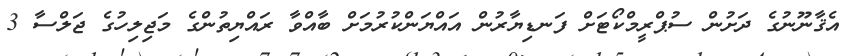
އެޤާނޫނުގެ ދަށުން ސުޕްރީމްކޯޓަށް ފަނޑިޔާރުން އައްޔަންކުރުމަށް ބާއްވާ ރައްޔިތުންގެ މަޖިލިހުގެ ޖަލްސާ 3